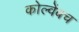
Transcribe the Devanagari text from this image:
कोल्वेंबच